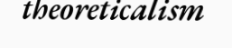
theoreticalism